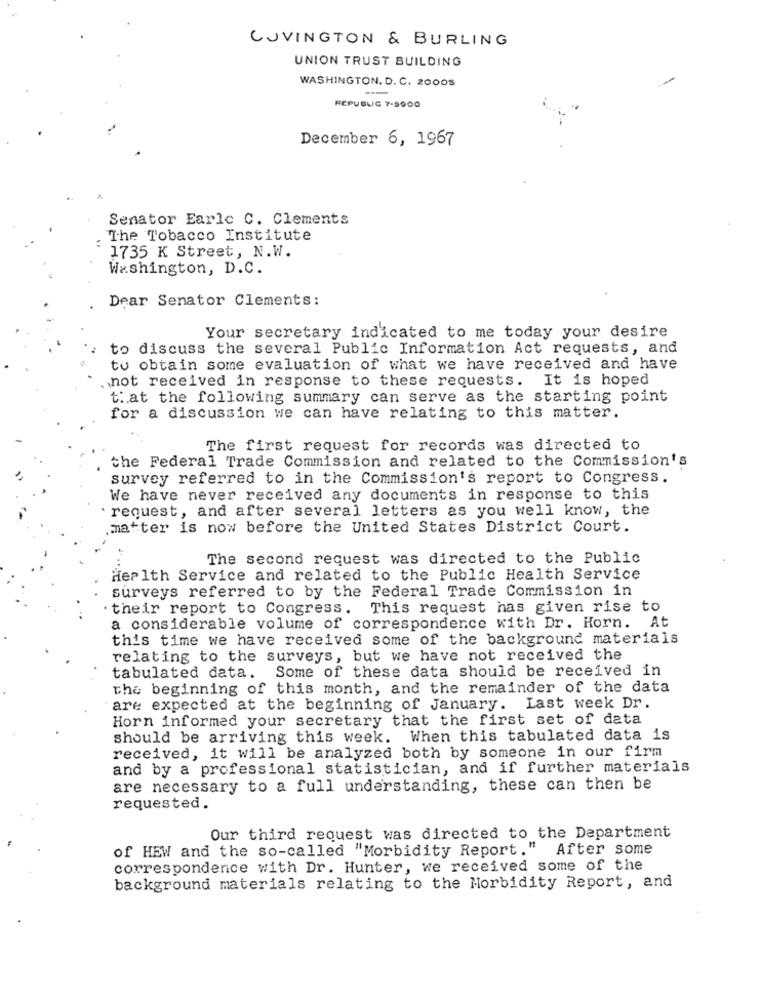
COVINGTON & BURLING
UNION TRUST BUILDING
WASHINGTON, D. C. 20005
REPUBLIC 7-5000
December 6, 1967
Senator Earle C. Clements
:
The Tobacco Institute
1735 K Street, N.W.
Washington, D.C.
Dear Senator Clements:
Your secretary indicated to me today your desire
to discuss the several Public Information Act requests, and
tu obtain some evaluation of what we have received and have
. not received in response to these requests. It is hoped
that the following summary can serve as the starting point
for a discussion we can have relating to this matter.
The first request for records was directed to
the Federal Trade Commission and related to the Commission's
survey referred to in the Commission's report to Congress.
We have never received any documents in response to this
request, and after several letters as you well know, the
matter is now before the United States District Court.
The second request was directed to the Public
.. .
Health Service and related to the Public Health Service
surveys referred to by the Federal Trade Commission in
. their report to Congress. This request nas given rise to
a considerable volume of correspondence with Dr. Horn. At
this time we have received some of the background materials
relating to the surveys, but we have not received the
tabulated data. Some of these data should be received in
the beginning of this month, and the remainder of the data
are expected at the beginning of January. Last week Dr.
Horn informed your secretary that the first set of data
should be arriving this week. When this tabulated data is
received, it will be analyzed both by someone in our firm
and by a professional statistician, and if further materials
are necessary to a full understanding, these can then be
requested.
Our third request was directed to the Department
of HEW and the so-called "Morbidity Report."
After some
correspondence with Dr. Hunter, we received some of the
background materials relating to the Morbidity Report, and